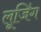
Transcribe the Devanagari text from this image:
लूजिंग